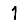
Digit: 1